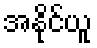
အနိုင်ယူ